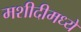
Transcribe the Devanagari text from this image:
मशीदीमध्ये